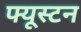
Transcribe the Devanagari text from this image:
फ्यूस्टन